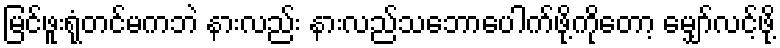
မြင်ဖူးရုံတင်မကဘဲ နားလည်း နားလည်သဘောပေါက်ဖို့ကိုတော့ မျှော်လင့်ဖို့